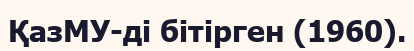
ҚазМУ-ді бітірген (1960).